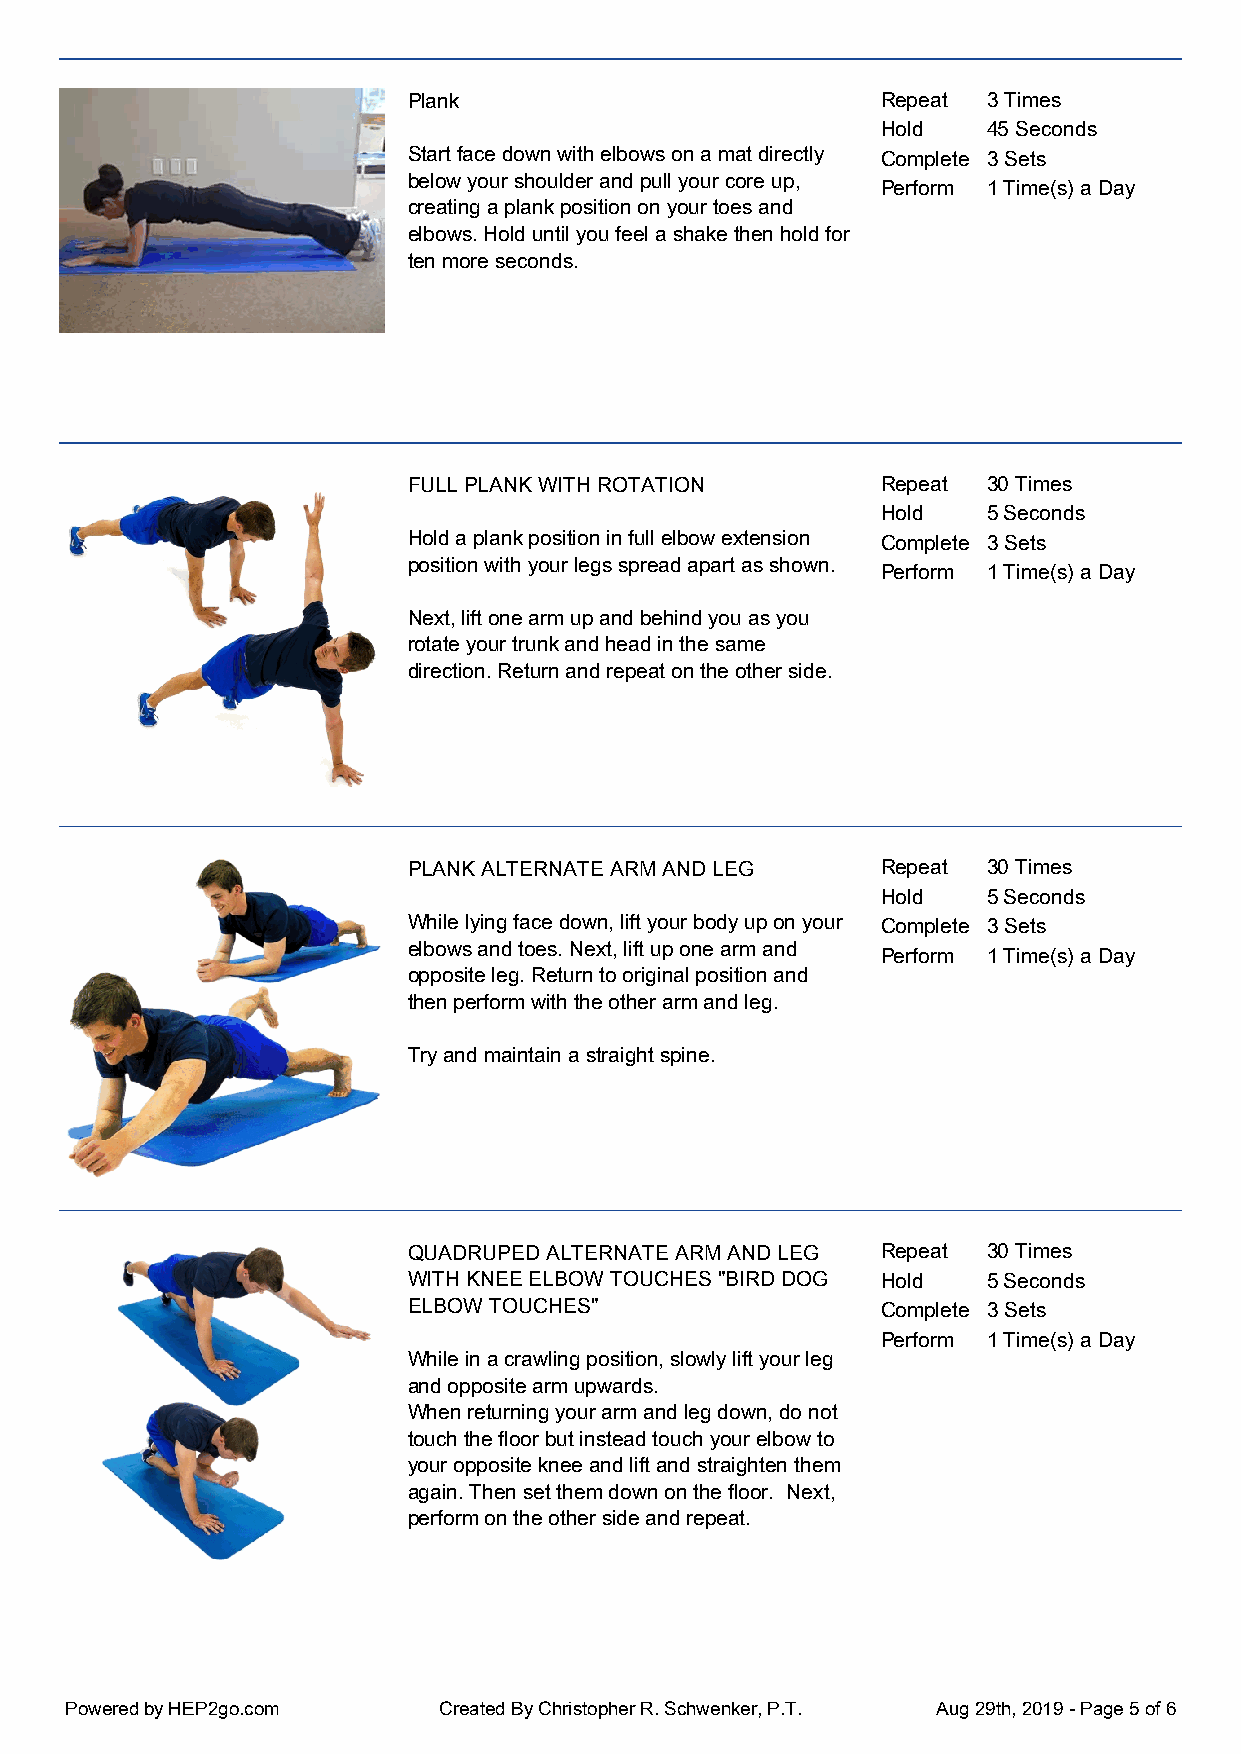
Plank                          Repeat 3 Times
 Hold   45 Seconds
 Start face down with elbows on a mat directly Complete 3 Sets
 below your shoulder and pull your core up,
 Perform 1 Time(s) a Day
 creating a plank position on your toes and
 elbows. Hold until you feel a shake then hold for
 ten more seconds.
 FULL PLANK WITH ROTATION       Repeat 30 Times
 Hold   5 Seconds
 Hold a plank position in full elbow extension Complete 3 Sets
 position with your legs spread apart as shown.
 Perform 1 Time(s) a Day
 Next, lift one arm up and behind you as you
 rotate your trunk and head in the same
 direction. Return and repeat on the other side.
 PLANK ALTERNATE ARM AND LEG    Repeat 30 Times
 Hold   5 Seconds
 While lying face down, lift your body up on your Complete 3 Sets
 elbows and toes. Next, lift up one arm and
 Perform 1 Time(s) a Day
 opposite leg. Return to original position and
 then perform with the other arm and leg.
 Try and maintain a straight spine.
 QUADRUPED ALTERNATE ARM AND LEG Repeat 30 Times
 WITH KNEE ELBOW TOUCHES "BIRD DOG Hold 5 Seconds
 ELBOW TOUCHES"                 Complete 3 Sets
 Perform 1 Time(s) a Day
 While in a crawling position, slowly lift your leg
 and opposite arm upwards.
 When returning your arm and leg down, do not
 touch the floor but instead touch your elbow to
 your opposite knee and lift and straighten them
 again. Then set them down on the floor. Next,
 perform on the other side and repeat.
 Powered by HEP2go.com    Created By Christopher R. Schwenker, P.T. Aug 29th, 2019 - Page 5 of 6